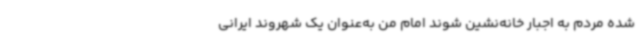
شده مردم به اجبار خانه‌نشین شوند امام من به‌عنوان یک شهروند ایرانی